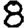
Digit: 8